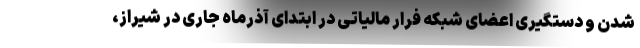
شدن و دستگیری اعضای شبکه فرار مالیاتی در ابتدای آذرماه جاری در شیراز،